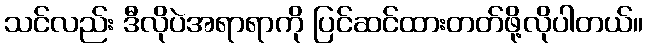
သင်လည်း ဒီလိုပဲအရာရာကို ပြင်ဆင်ထားတတ်ဖို့လိုပါတယ်။